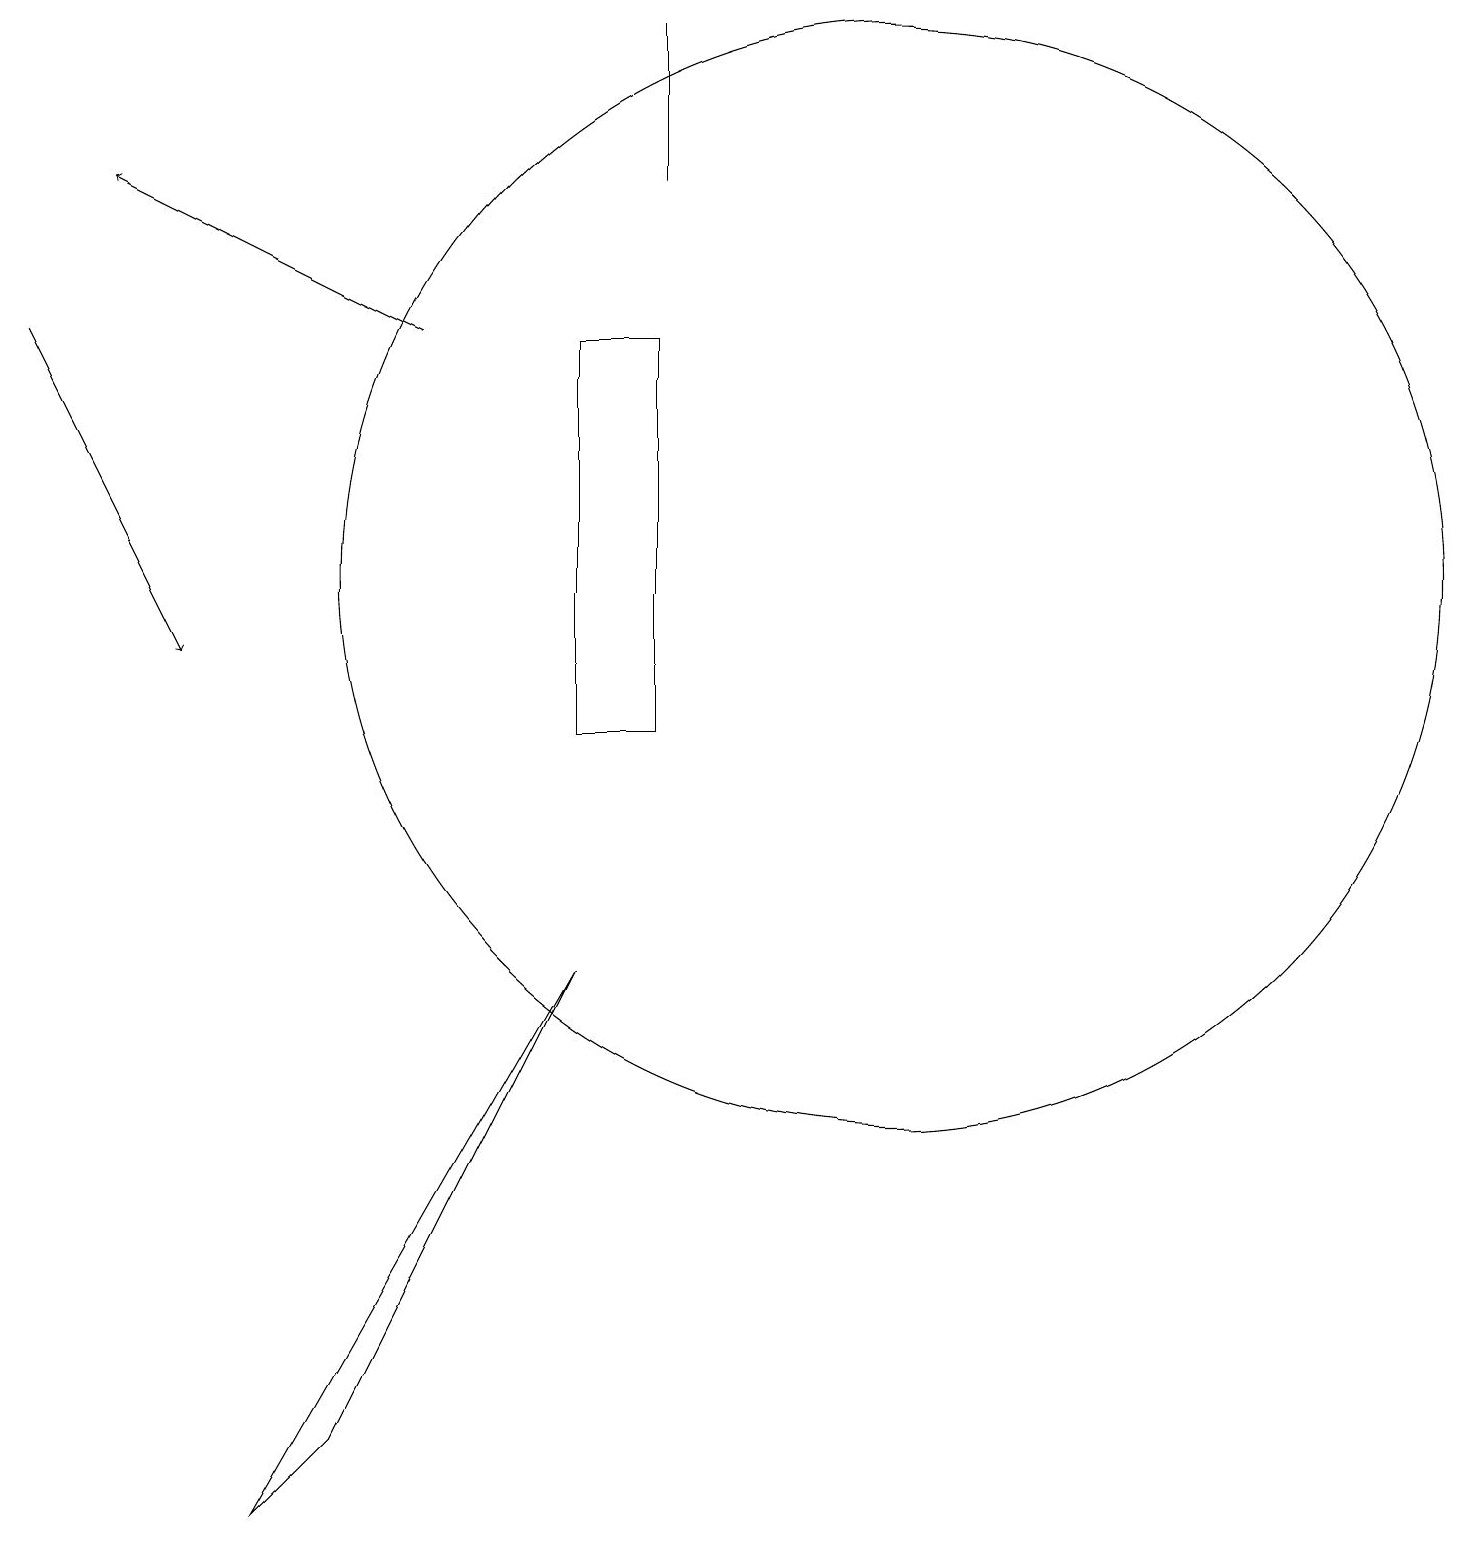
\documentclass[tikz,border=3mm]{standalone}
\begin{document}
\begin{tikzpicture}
\draw (12,12) circle (7);
\draw (4,0) -- (5,1) -- (8,7) -- cycle;
\draw (8,15) rectangle (9,10);
\draw (9,19) rectangle (9,17);
\draw[->] (6,15) -- (2,17);
\draw[->] (1,15) -- (3,11);
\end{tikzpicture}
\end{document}